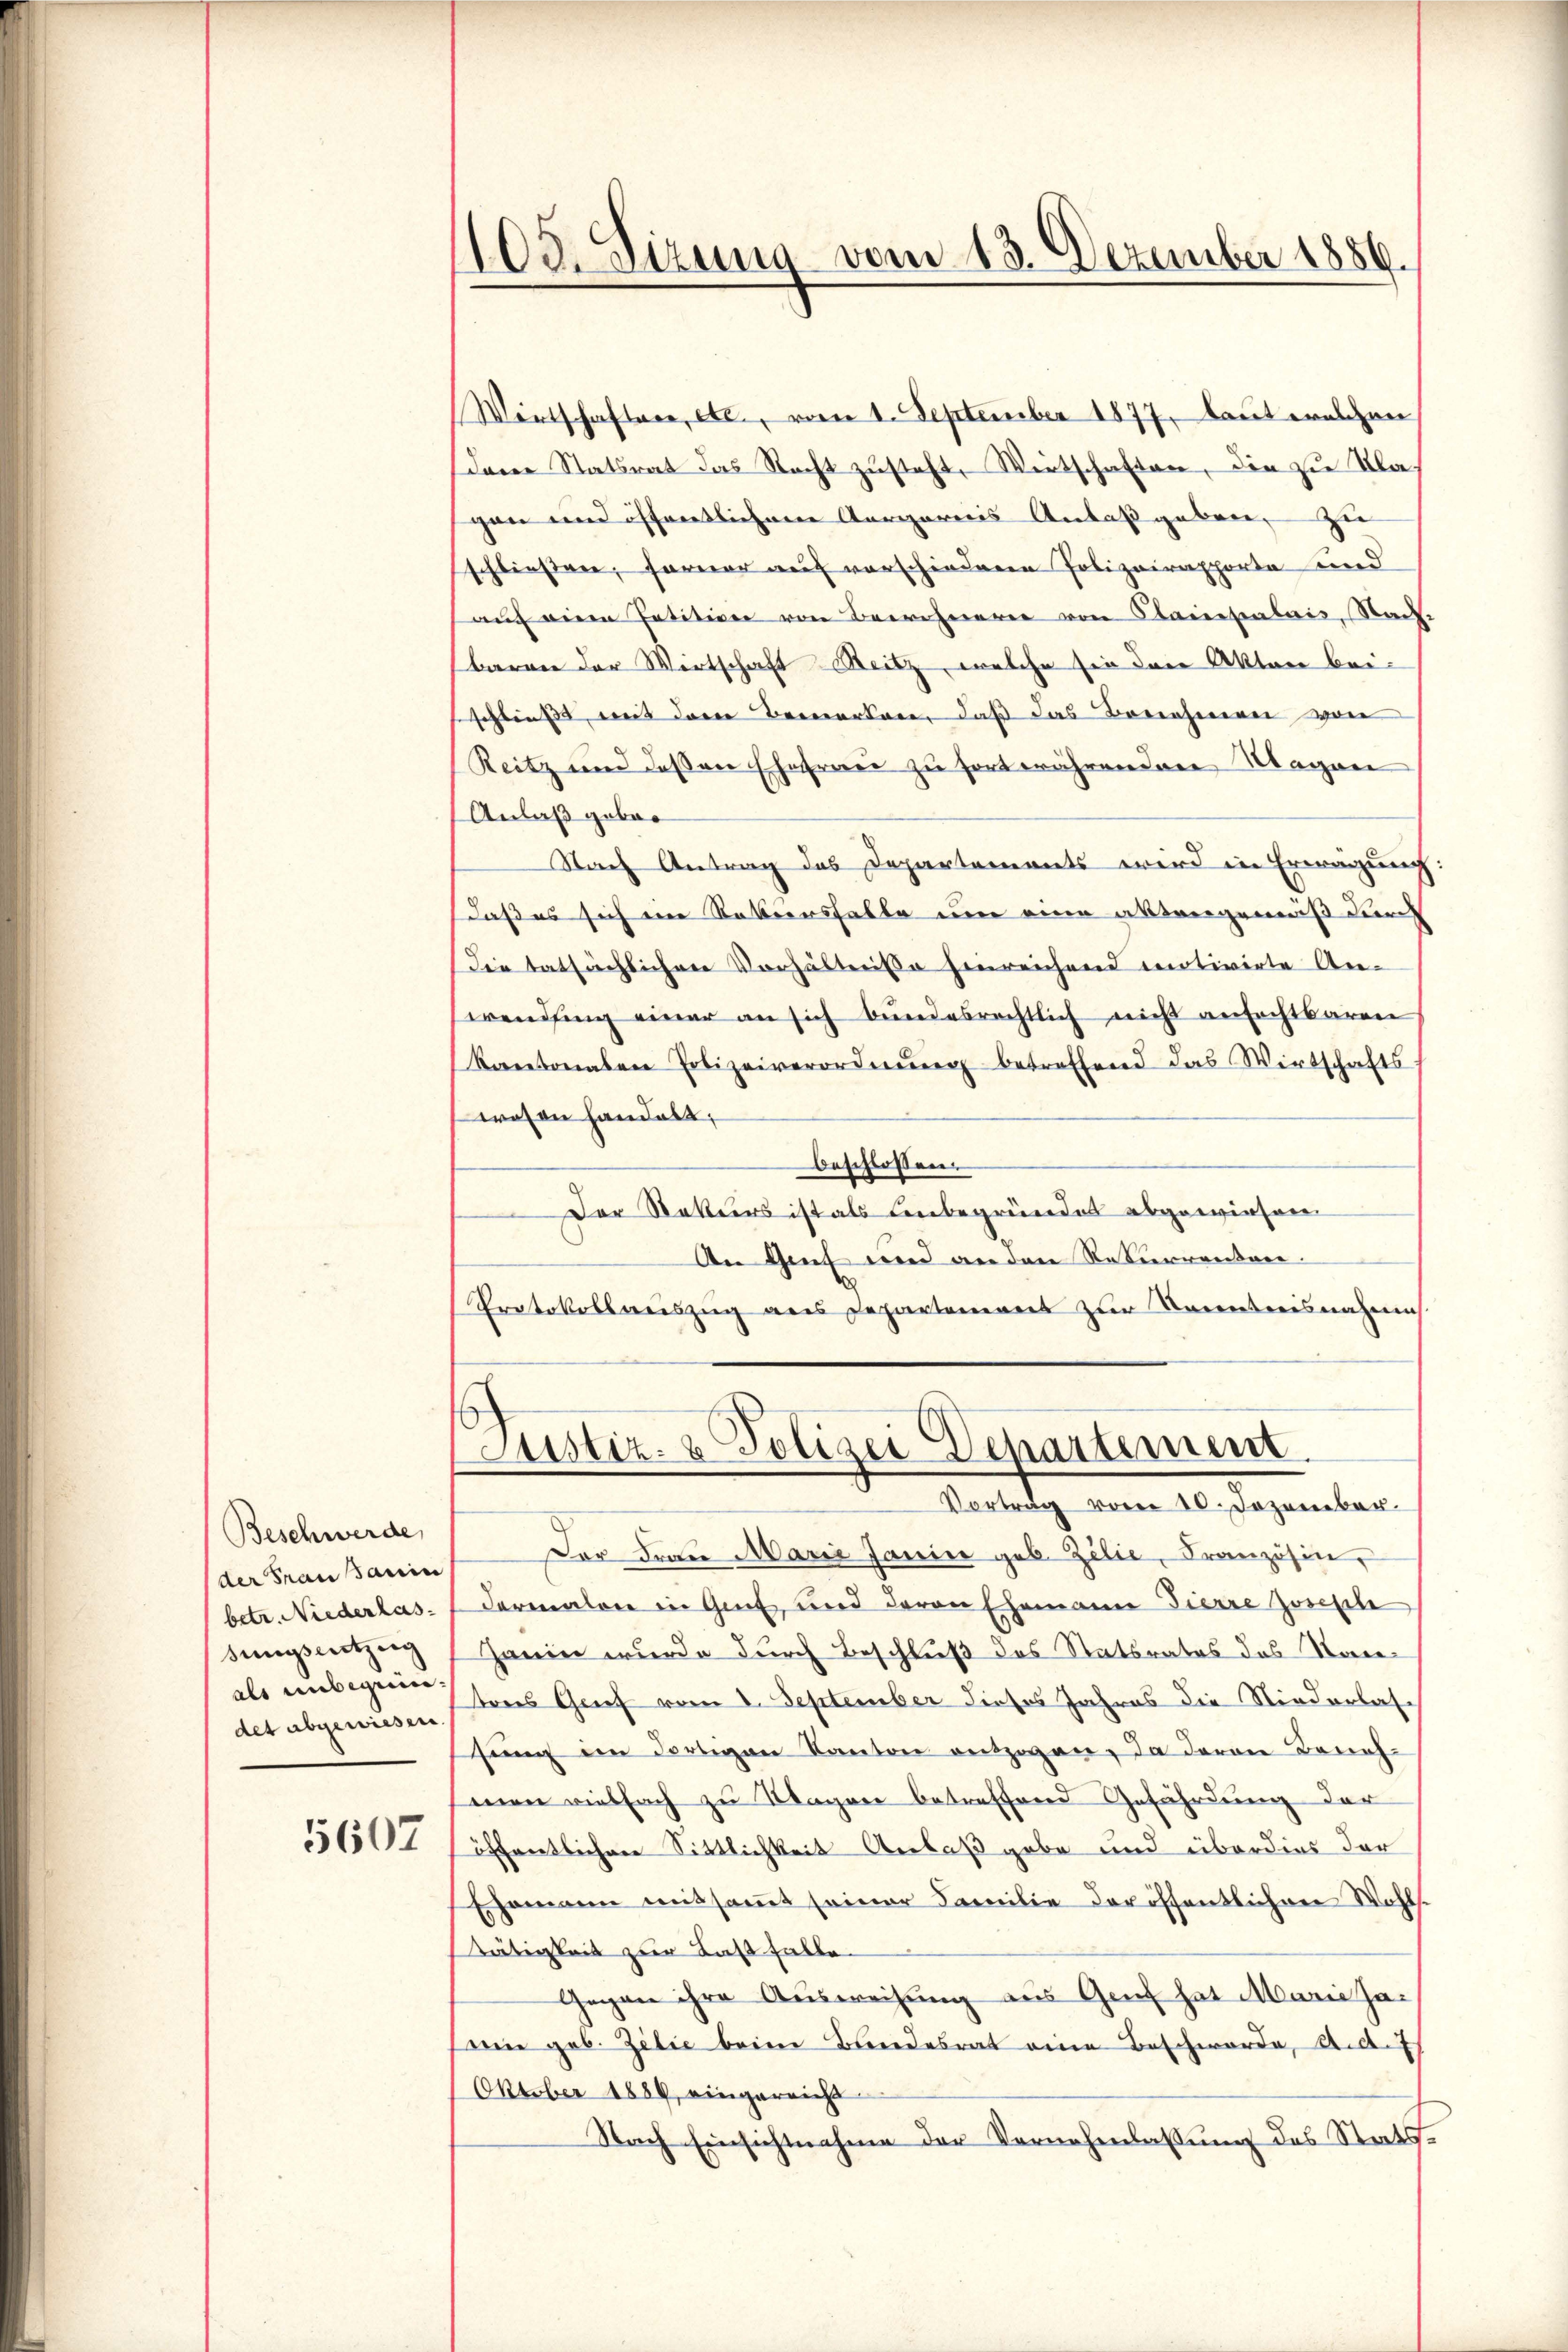
Beschwerde,
der Frau Sanin
betr. Niederlas
sungsentzug
als unbegein:
det abgewiesen.

5607

105. Sizung vom 13. Dezember 1856.

Wirtschaftere, etc., vom 1. September 1877, laut welchen
dene Statsrat das Recht zusteht, Wirtschaften, die zu Klagen und öffentlichem Aargarens Anlaßgeben, zu
schließene, ferner auf vorschiedenen Polizeirapporte und
auf einen Petition von Bewohneren von Cancescalais, Nacht
barrer der Wirtschaft Reitz, welche sie den Akten beischließ, mit dann Bemerkann, daß das Benehmen von
Reitz und dessen Ehefrau zu fortwährenden Magen
Anlaß gebor
Nach Antrag des Departements wird in Erwägung:
daß es sich eine Robiersfalle um eine aktengemäß durch
die tatsächlichen Vorhältnisse hinreichend motivirte Anwending einer an sich bundesrechtlich nicht anfechtbaren
kantonalen Polizeiverordnŭng betreffend das Wirtschafts
wesen handelt;
beschlossen.
Der Rekurs ist als unbegründet abgewiesen
An Genf und an den Rekurrenten.
Protokollauszug aus Departenereit zur Kenntnisnahms
Justiz- & Polizei Departement
Vortrag vom 10. Dezember.
Der Frau Marie Janin geb. Zilie, Französin,
dermalen in Gut, und deren Ehemann Fierre zwische
Harin wurde durch Beschluß des Statsrates das Stantons Grief vom 2. September dieses Jahres die Niederlas-
sŭng im dortigen Kanton entzogen, da daran Beneh-
men vielfach zu Magen betreffend Gefährdung der
öffentlichen Sittlichkeit Anlaß gebe und überdies der
Ehemann mitsamt seiner Familie der öffentlichen Wohlse
tätigkeit zur Last falle
Gegen ihre Ausweisung aus Genf hat Marie haeine geb. Zilie beim Bandesrat eine Beschwerde, And.
Oktober 1889 eingereicht
Nach Einsichtnahme der Vernehmlassung des Stats¬